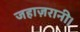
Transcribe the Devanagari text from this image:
जहाज़रानी।